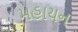
મહાયન